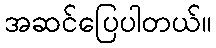
အဆင်ပြေပါတယ်။